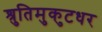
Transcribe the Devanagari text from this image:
श्रुतिमुकुटधर